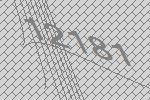
12181